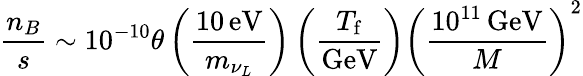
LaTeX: \frac{n_{B}}{s}\sim 10^{-10}\theta\left(\frac{10\, \mathrm{eV}}{m_{\nu_{L}}}\right)\left(\frac{T_{\mathrm{f}}}{\mathrm{GeV}}\right)\left(\frac{10^{11}\, \mathrm{GeV}}{M}\right)^{2}